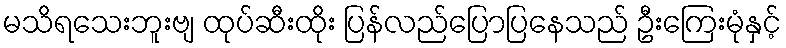
မသိရသေးဘူးဗျ ထုပ်ဆီးထိုး ပြန်လည်ပြောပြနေသည် ဦးကြေးမုံနှင့်